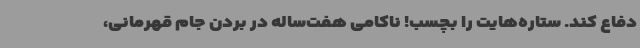
دفاع کند. ستاره‌هایت را بچسب! ناکامی هفت‌ساله در بردن جام قهرمانی،